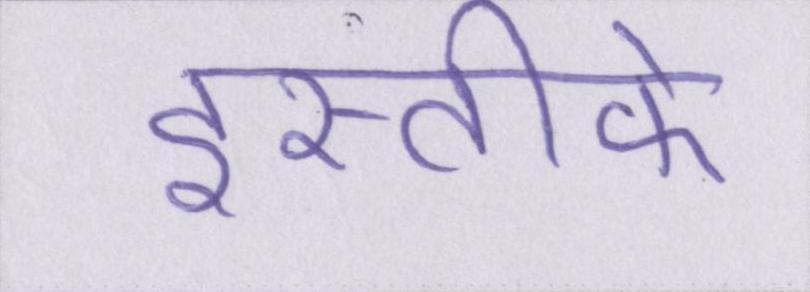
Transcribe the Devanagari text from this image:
इस्तीफे